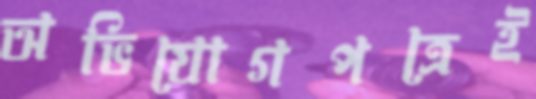
অভিযোগপত্রেই